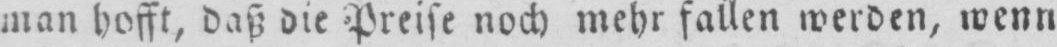
man hofft, daß die Preise noch mehr fallen werden, wenn